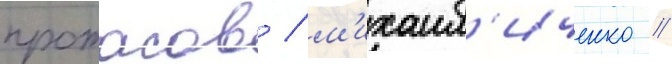
протасов / м'ихаил'иченко /